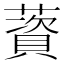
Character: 薋